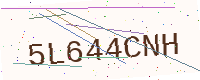
Text: 5L644CNH